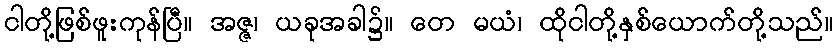
ငါတို့ဖြစ်ဖူးကုန်ပြီ။ အဇ္ဇ၊ ယခုအခါ၌။ တေ မယံ၊ ထိုငါတို့နှစ်ယောက်တို့သည်။